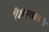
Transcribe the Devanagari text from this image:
विभागातली